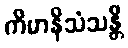
ကိမာနိသံသန္တိ